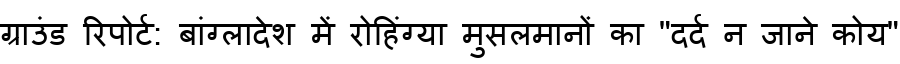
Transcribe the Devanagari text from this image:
ग्राउंड रिपोर्ट: बांग्लादेश में रोहिंग्या मुसलमानों का "दर्द न जाने कोय"